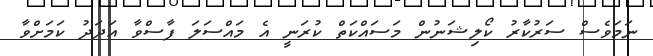
ނަމަވެސް ސަރުކާރު ކޯލިޝަނުން މަސައްކަތް ކުރަނީ އެ މައްސަލަ ފާސްވާ އަދަދު ކަމަށްވާ